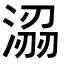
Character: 𭱟